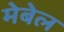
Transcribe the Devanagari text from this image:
मेबेल